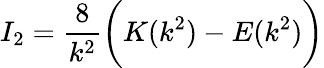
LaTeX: I_{2}=\frac{8}{k^{2}}\bigg(K(k^{2})-E(k^{2})\bigg)